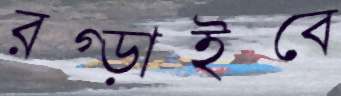
রগ্‌ড়াইবে